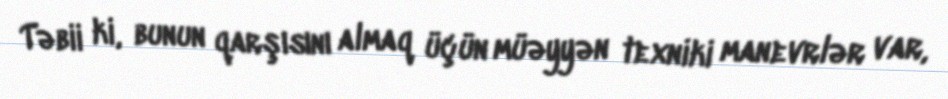
Təbii ki, bunun qarşısını almaq üçün müəyyən texniki manevrlər var,